Civil Veterinary Dept. Bombay admin report 1900-1906 - 1900-1906
Year: 1900
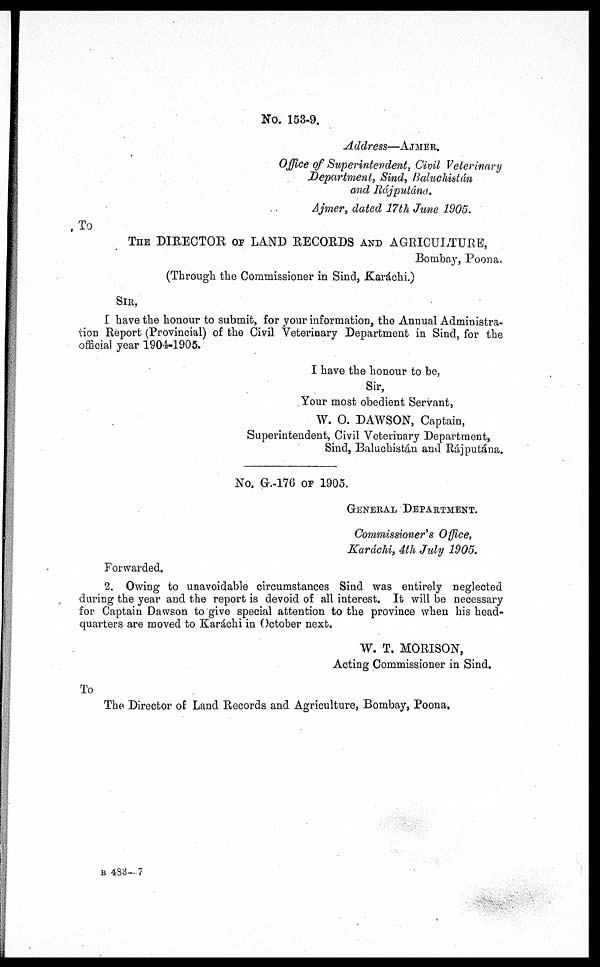
No. 153-9.
Address—AJMER.
Office of Superintendent, Civil Veterinary
Department, Sind, Baluchistán
and Rájputána,
Ajmer, dated 17th June 1905.
To
THE DIRECTOR of LAND RECORDS AND AGRICULTURE,
Bombay, Poona.
(Through the Commissioner in Sind, Karáchi.)
SIR,
I have the honour to submit, for your information, the Annual Administra-
tion Report (Provincial) of the Civil Veterinary Department in Sind, for the
official year 1904-1905.
I have the honour to be,
Sir,
Your most obedient Servant,
W. O. DAWSON, Captain,
Superintendent, Civil Veterinary Department,
Sind, Baluchistan and Rájputána.
No. G.-176 OF 1905.
GENERAL DEPARTMENT.
Commissioner's Office,
Karachi, 4th July 1905.
Forwarded.
2. Owing to unavoidable circumstances Sind was entirely neglected
during the year and the report is devoid of all interest. It will be necessary
for Captain Dawson to give special attention to the province when his head-
quarters are moved to Karachi in October next.
W. T. MORISON,
Acting Commissioner in Sind.
To
The Director of Land Records and Agriculture, Bombay, Poona.
B 433-7